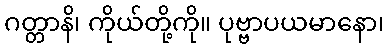
ဂတ္တာနိ၊ ကိုယ်တို့ကို။ ပုဗ္ဗာပယမာနော၊